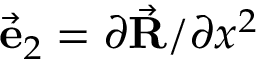
\vec { \bf e } _ { 2 } = \partial \vec { \bf R } / \partial x ^ { 2 }